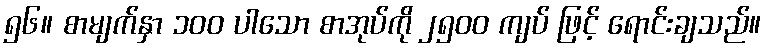
၅၆။ စာမျက်နှာ ၁၀၀ ပါသော စာအုပ်ကို ၂၅၀၀ ကျပ် ဖြင့် ရောင်းချသည်။